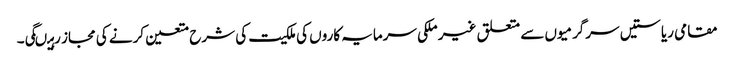
مقامی ریاستیں سرگرمیوں سے متعلق غیر ملکی سرمایہ کاروں کی ملکیت کی شرح متعین کرنے کی مجاز رہیںگی۔